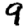
Digit: 9